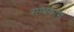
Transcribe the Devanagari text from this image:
साधकास